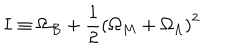
LaTeX: I \equiv \Omega _ { B } + \frac { 1 } { 2 } \left( \Omega _ { M } + \Omega _ { \Lambda } \right) ^ { 2 }